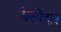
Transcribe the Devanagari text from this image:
बेरवेदार